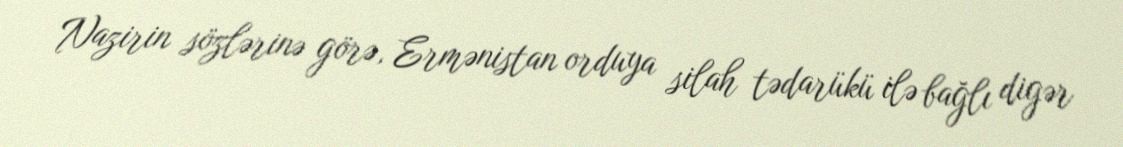
Nazirin sözlərinə görə, Ermənistan orduya silah tədarükü ilə bağlı digər